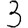
Digit: 3